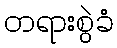
တရားစွဲခံ